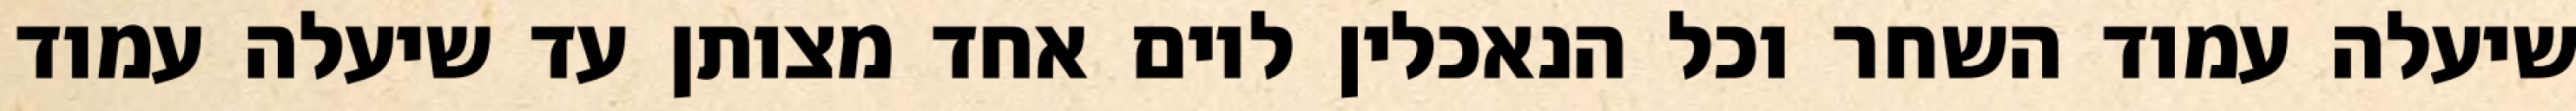
שיעלה עמוד השחר וכל הנאכלין ליום אחד מצותן עד שיעלה עמוד